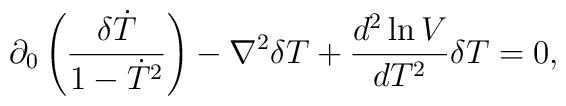
\partial_0\left( \frac{\delta \dot T}{1-\dot T^2} \right)         - \nabla^2 \delta T +\frac{d^2\ln V}{dT^2} \delta T = 0,